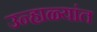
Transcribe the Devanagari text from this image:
उन्हाळ्यांत